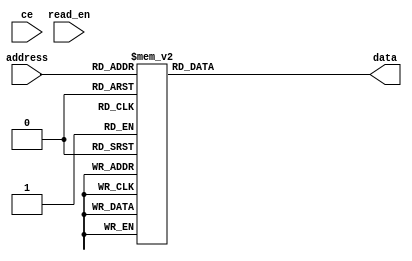
//===========================================
// Function : ROM using case
// Coder    : Deepak Kumar Tala
//===========================================
module rom_using_case (
address , // Address input
data    , // Data output
read_en , // Read Enable 
ce        // Chip Enable
);
input [3:0] address;
output [7:0] data;
input read_en;
input ce;

reg [7:0] data ;
       
always @ (ce or read_en or address)
begin
  case (address)
    0 : data = 10;
    1 : data = 55;
    2 : data = 244;
    3 : data = 0;
    4 : data = 1;
    5 : data = 8'hff;
    6 : data = 8'h11;
    7 : data = 8'h1;
    8 : data = 8'h10;
    9 : data = 8'h0;
    10 : data = 8'h10;
    11 : data = 8'h15;
    12 : data = 8'h60;
    13 : data = 8'h90;
    14 : data = 8'h70;
    15 : data = 8'h90;
  endcase
end

endmodule